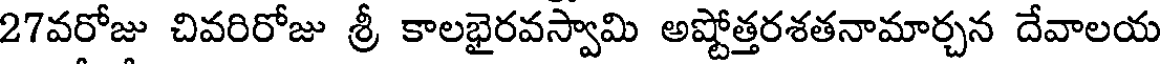
27వరోజు చివరిరోజు శ్రీ కాలభైరవస్వామి అష్టోత్తరశతనామార్చన దేవాలయ